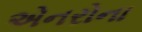
એનરોના